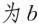
为b